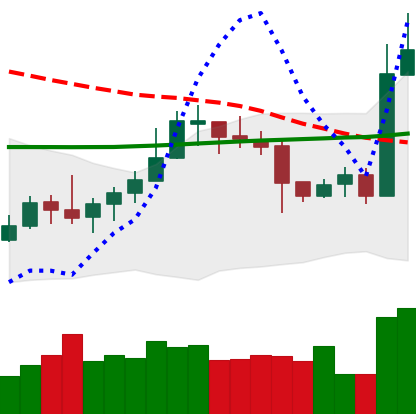
Ticker: LTC-USD
Chart end date: 2020-10-22
Forward return: 6.539%
Label: up_5_7